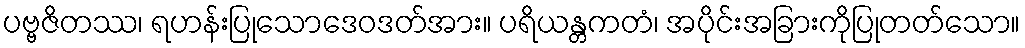
ပဗ္ဗဇိတဿ၊ ရဟန်းပြုသောဒေဝဒတ်အား။ ပရိယန္တကတံ၊ အပိုင်းအခြားကိုပြုတတ်သော။